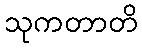
သုကတာတိ